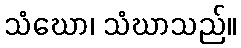
သံဃော၊ သံဃာသည်။